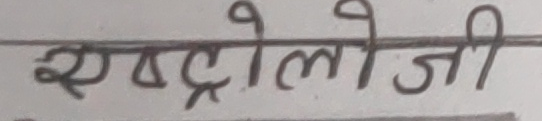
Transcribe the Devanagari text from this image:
एस्ट्रोलोजी